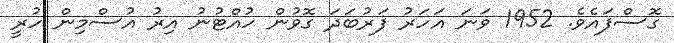
ގޮސްފައެވެ. 1952 ވަނަ އަހަރު ފަރުބަދަ ގޮވުން ހުއްޓުނު އިރު އުސްމިން ހުރީ